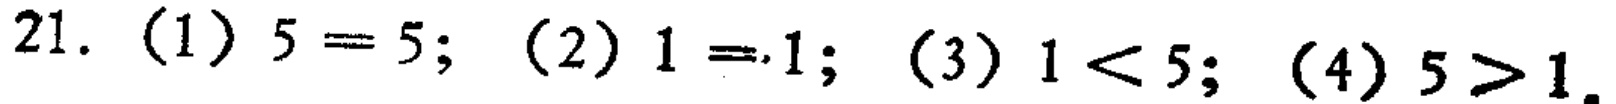
21. (1) \(5 = 5\); (2) \(1 = 1\); (3) \(1 < 5\); (4) \(5 > 1\).